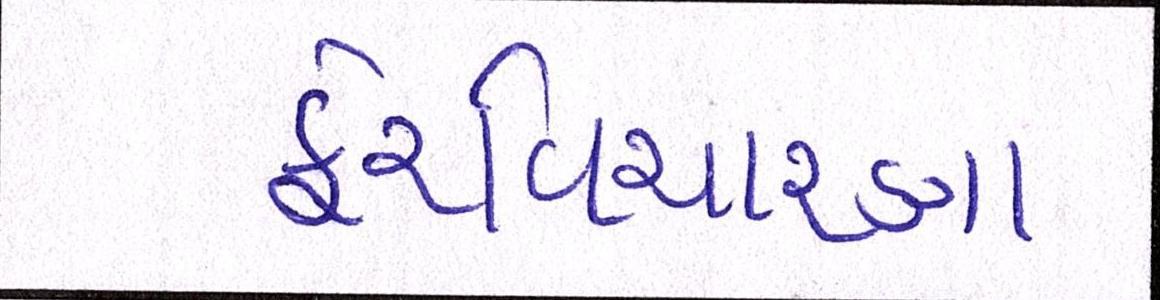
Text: ફેરવિચારણા